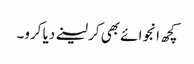
کچھ انجوائے بھی کر لینے دیا کرو۔